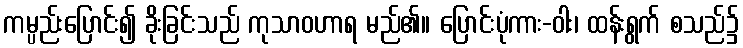
ကမ္ပည်းပြောင်း၍ ခိုးခြင်းသည် ကုသာဝဟာရ မည်၏။ ပြောင်းပုံကား-ဝါး၊ ထန်းရွက် စသည်၌